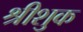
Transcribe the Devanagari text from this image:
श्रीशुक